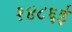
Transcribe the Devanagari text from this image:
१४८६ई